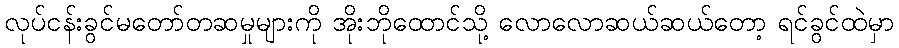
လုပ်ငန်းခွင်မတော်တဆမှုများကို အိုးဘိုထောင်သို့ လောလောဆယ်ဆယ်တော့ ရင်ခွင်ထဲမှာ